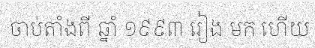
ចាប់តាំងពី ឆ្នាំ ១៩៩៣ រៀង មក ហើយ